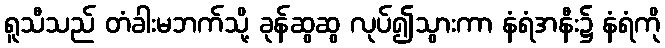
ရူသီသည် တံခါးမဘက်သို့ ခုန်ဆွဆွ လုပ်၍သွားကာ နံရံအနီး၌ နံရံကို